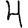
Digit: 4